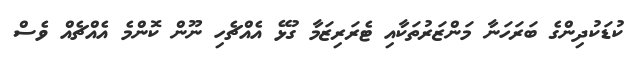
ކުޑަކުދިންގެ ބަރަހަނާ މަންޒަރުތަކާއި ޓެރަރިޒަމާ ގުޅޭ އެއްޗެހި ނޫން ކޮންމެ އެއްޗެއް ވެސް